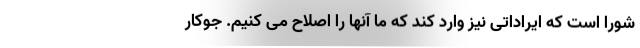
شورا است که ایراداتی نیز وارد کند که ما آنها را اصلاح می کنیم. جوکار